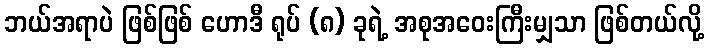
ဘယ်အရာပဲ ဖြစ်ဖြစ် ဟောဒီ ရုပ် (၈) ခုရဲ့ အစုအဝေးကြီးမျှသာ ဖြစ်တယ်လို့